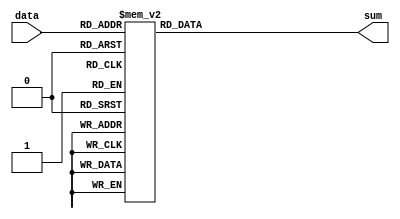
module six_three_comp (data,sum);

input [5:0] data;
output [2:0] sum;

reg [2:0] sum /* synthesis keep */;

always @(data) begin
    case (data)
      0: sum=0;
      1: sum=1;
      2: sum=1;
      3: sum=2;
      4: sum=1;
      5: sum=2;
      6: sum=2;
      7: sum=3;
      8: sum=1;
      9: sum=2;
      10: sum=2;
      11: sum=3;
      12: sum=2;
      13: sum=3;
      14: sum=3;
      15: sum=4;
      16: sum=1;
      17: sum=2;
      18: sum=2;
      19: sum=3;
      20: sum=2;
      21: sum=3;
      22: sum=3;
      23: sum=4;
      24: sum=2;
      25: sum=3;
      26: sum=3;
      27: sum=4;
      28: sum=3;
      29: sum=4;
      30: sum=4;
      31: sum=5;
      32: sum=1;
      33: sum=2;
      34: sum=2;
      35: sum=3;
      36: sum=2;
      37: sum=3;
      38: sum=3;
      39: sum=4;
      40: sum=2;
      41: sum=3;
      42: sum=3;
      43: sum=4;
      44: sum=3;
      45: sum=4;
      46: sum=4;
      47: sum=5;
      48: sum=2;
      49: sum=3;
      50: sum=3;
      51: sum=4;
      52: sum=3;
      53: sum=4;
      54: sum=4;
      55: sum=5;
      56: sum=3;
      57: sum=4;
      58: sum=4;
      59: sum=5;
      60: sum=4;
      61: sum=5;
      62: sum=5;
      63: sum=6;
      default: sum=0;
    endcase
end

endmodule